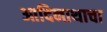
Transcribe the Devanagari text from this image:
आदिनाथाचा